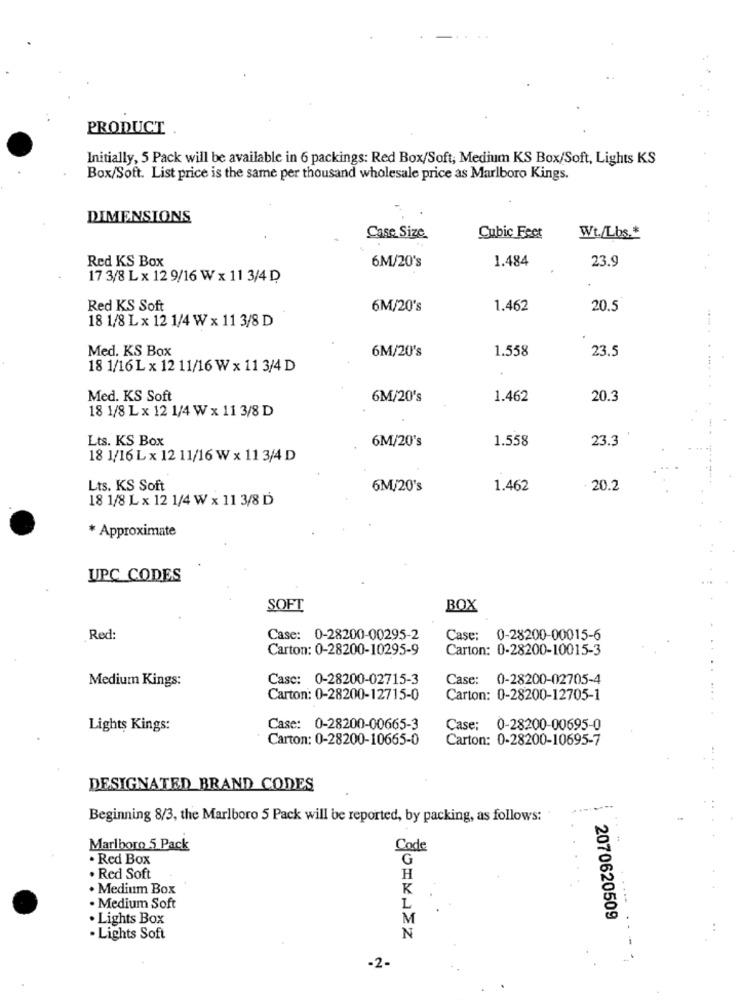
PRODUCT
Initially, 5 Pack will be available in 6 packings: Red Box/Soft, Medium KS Box/Soft, Lights KS
Box/Soft. List price is the same per thousand wholesale price as Marlboro Kings.
DIMENSIONS
Case Size
Cubic Feet
Wt./Lbs .*
Red KS Box
6M/20's
1.484
23.9
17 3/8 L x 12 9/16 W x 11 3/4 D
Red KS Soft
6M/20's
1.462
20.5
18 1/8 L x 12 1/4 W x 11 3/8 D
Med. KS Box
6M/20's
1.558
23.5
18 1/16 L x 12 11/16 W x 11 3/4 D
..... . ......
Med. KS Soft
6M/20's
1.462
20.3
18 1/8 L x 12 1/4 W x 11 3/8 D
Lts. KS Box
6M/20's
1.558
23.3
18 1/16 L x 12 11/16 W x 11 3/4 D
Lts. KS Soft
6M/20's
1.462
- 20.2
18 1/8 L x 12 1/4 W x 11 3/8 D
* Approximate
UPC CODES
SOFT
BOX
Red:
Case: 0-28200-00295-2
Case: 0-28200-00015-6
Carton: 0-28200-10295-9
Carton: 0-28200-10015-3
Medium Kings:
Casc: 0-28200-02715-3
Case: 0-28200-02705-4
Carton: 0-28200-12715-0
Carton: 0-28200-12705-1
Lights Kings:
Case: 0-28200-00665-3
Case: 0-28200-00695-0
Carton: 0-28200-10665-0
Carton: 0-28200-10695-7
DESIGNATED BRAND CODES
Beginning 8/3, the Marlboro 5 Pack will be reported, by packing, as follows:
Marlboro 5 Pack
Code
. Red Box
G
. Red Soft
H
. Medium Box
K
. Medium Soft
L
. Lights Box
M
2070620509
· Lights Soft
N
-2-